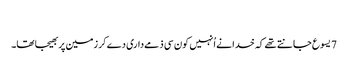
‏
7 یسوع جانتے تھے کہ خدا نے اُنہیں کون سی ذمےداری دے کر زمین پر بھیجا تھا۔